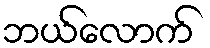
ဘယ်လောက်